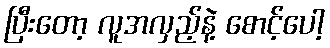
ပြီးတော့ လူအလှည့်နဲ့ စောင့်ပေါ့